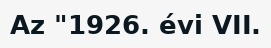
Az "1926. évi VII.